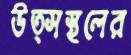
উত্সস্থলের